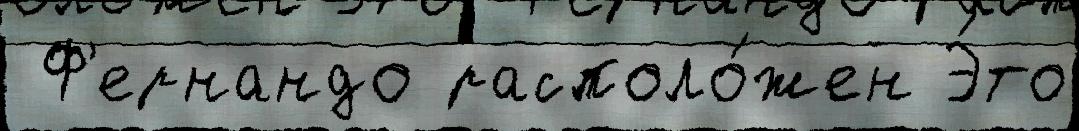
 Ф'ернандо располо́жен Э́то